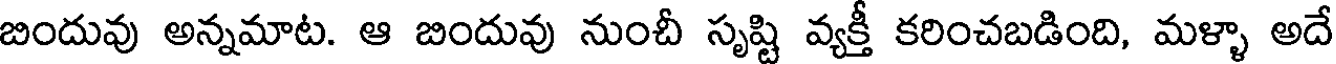
బిందువు అన్నమాట. ఆ బిందువు నుంచీ సృష్టి వ్యక్తీ కరించబడింది, మళ్ళా అదే